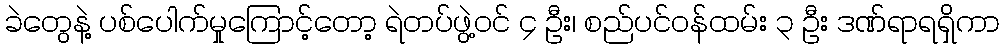
ခဲတွေနဲ့ ပစ်ပေါက်မှုကြောင့်တော့ ရဲတပ်ဖွဲ့ဝင် ၄ ဦး၊ စည်ပင်ဝန်ထမ်း ၃ ဦး ဒဏ်ရာရရှိကာ